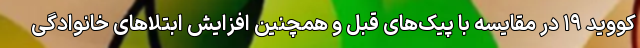
کووید ۱۹ در مقایسه با پیک‌های قبل و همچنین افزایش ابتلاهای خانوادگی